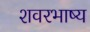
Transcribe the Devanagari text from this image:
शवरभाष्य